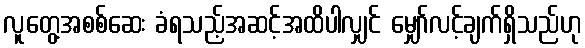
လူတွေ့အစစ်ဆေး ခံရသည့်အဆင့်အထိပါလျှင် မျှော်လင့်ချက်ရှိသည်ဟု